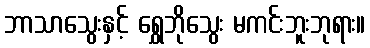
ဘာသာသွေးနှင့် ရွှေဘိုသွေး မကင်းဘူးဘုရား။